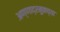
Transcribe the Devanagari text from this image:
अण्णाद्रमुकच्या